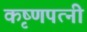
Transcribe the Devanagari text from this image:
कृष्णपत्‍नी